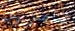
تامزين